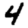
Digit: 4